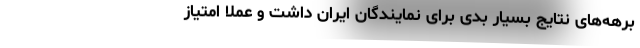
برهه‌های نتایج بسیار بدی برای نمایندگان ایران داشت و عملاً امتیاز